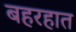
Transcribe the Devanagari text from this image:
बहरहात